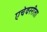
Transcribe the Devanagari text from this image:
एचेवररीता